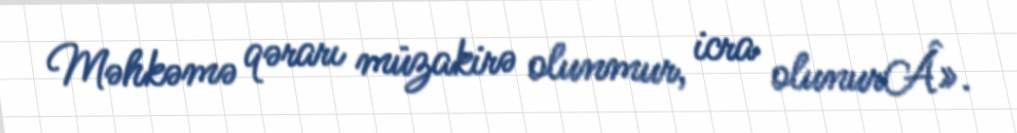
Məhkəmə qərarı müzakirə olunmur, icra olunurÂ».